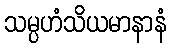
သမ္ပဟံသိယမာနာနံ